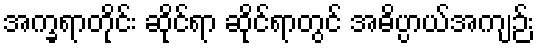
အက္ခရာတိုင်း ဆိုင်ရာ ဆိုင်ရာတွင် အဓိပ္ပာယ်အကျဉ်း